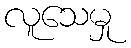
လူသေမှု